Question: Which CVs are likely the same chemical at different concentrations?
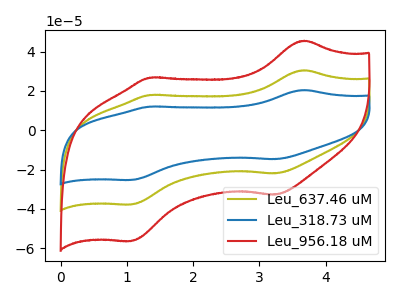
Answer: <think>The olive curve "Leu_637.46 uM" has anodic peaks at (3.65V, 30.50uA) (1.35V, 17.95uA) and cathodic peaks at (3.25V, -21.95uA) (1.05V, -37.75uA). The blue curve "Leu_318.73 uM" has anodic peaks at (3.65V, 20.45uA) (1.35V, 12.05uA) and cathodic peaks at (3.25V, -14.70uA) (1.05V, -25.30uA). The red curve "Leu_956.18 uM" has anodic peaks at (3.65V, 61.00uA) (1.35V, 35.90uA) and cathodic peaks at (3.25V, -43.85uA) (1.05V, -75.50uA).
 All the peaks in "Leu_637.46 uM" have a peak in "Leu_318.73 uM" at the same potential. Every peak in "Leu_637.46 uM" is higher than every peak in "Leu_318.73 uM". All the peaks in "Leu_637.46 uM" have a peak in "Leu_956.18 uM" at the same potential. Every peak in "Leu_637.46 uM" is lower than every peak in "Leu_956.18 uM". All the peaks in "Leu_318.73 uM" have a peak in "Leu_956.18 uM" at the same potential. Every peak in "Leu_318.73 uM" is lower than every peak in "Leu_956.18 uM".</think>
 <answer>"Leu_318.73 uM", "Leu_637.46 uM" and "Leu_956.18 uM" have the same shape and are likely CV's of the same chemical.</answer>
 <eval>"Leu_318.73 uM" "Leu_637.46 uM" "Leu_956.18 uM"</eval>